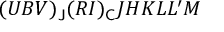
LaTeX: ( U B V ) _ { \mathsf { J } } ( R I ) _ { \mathsf { C } } J H K L L ^ { \prime } M